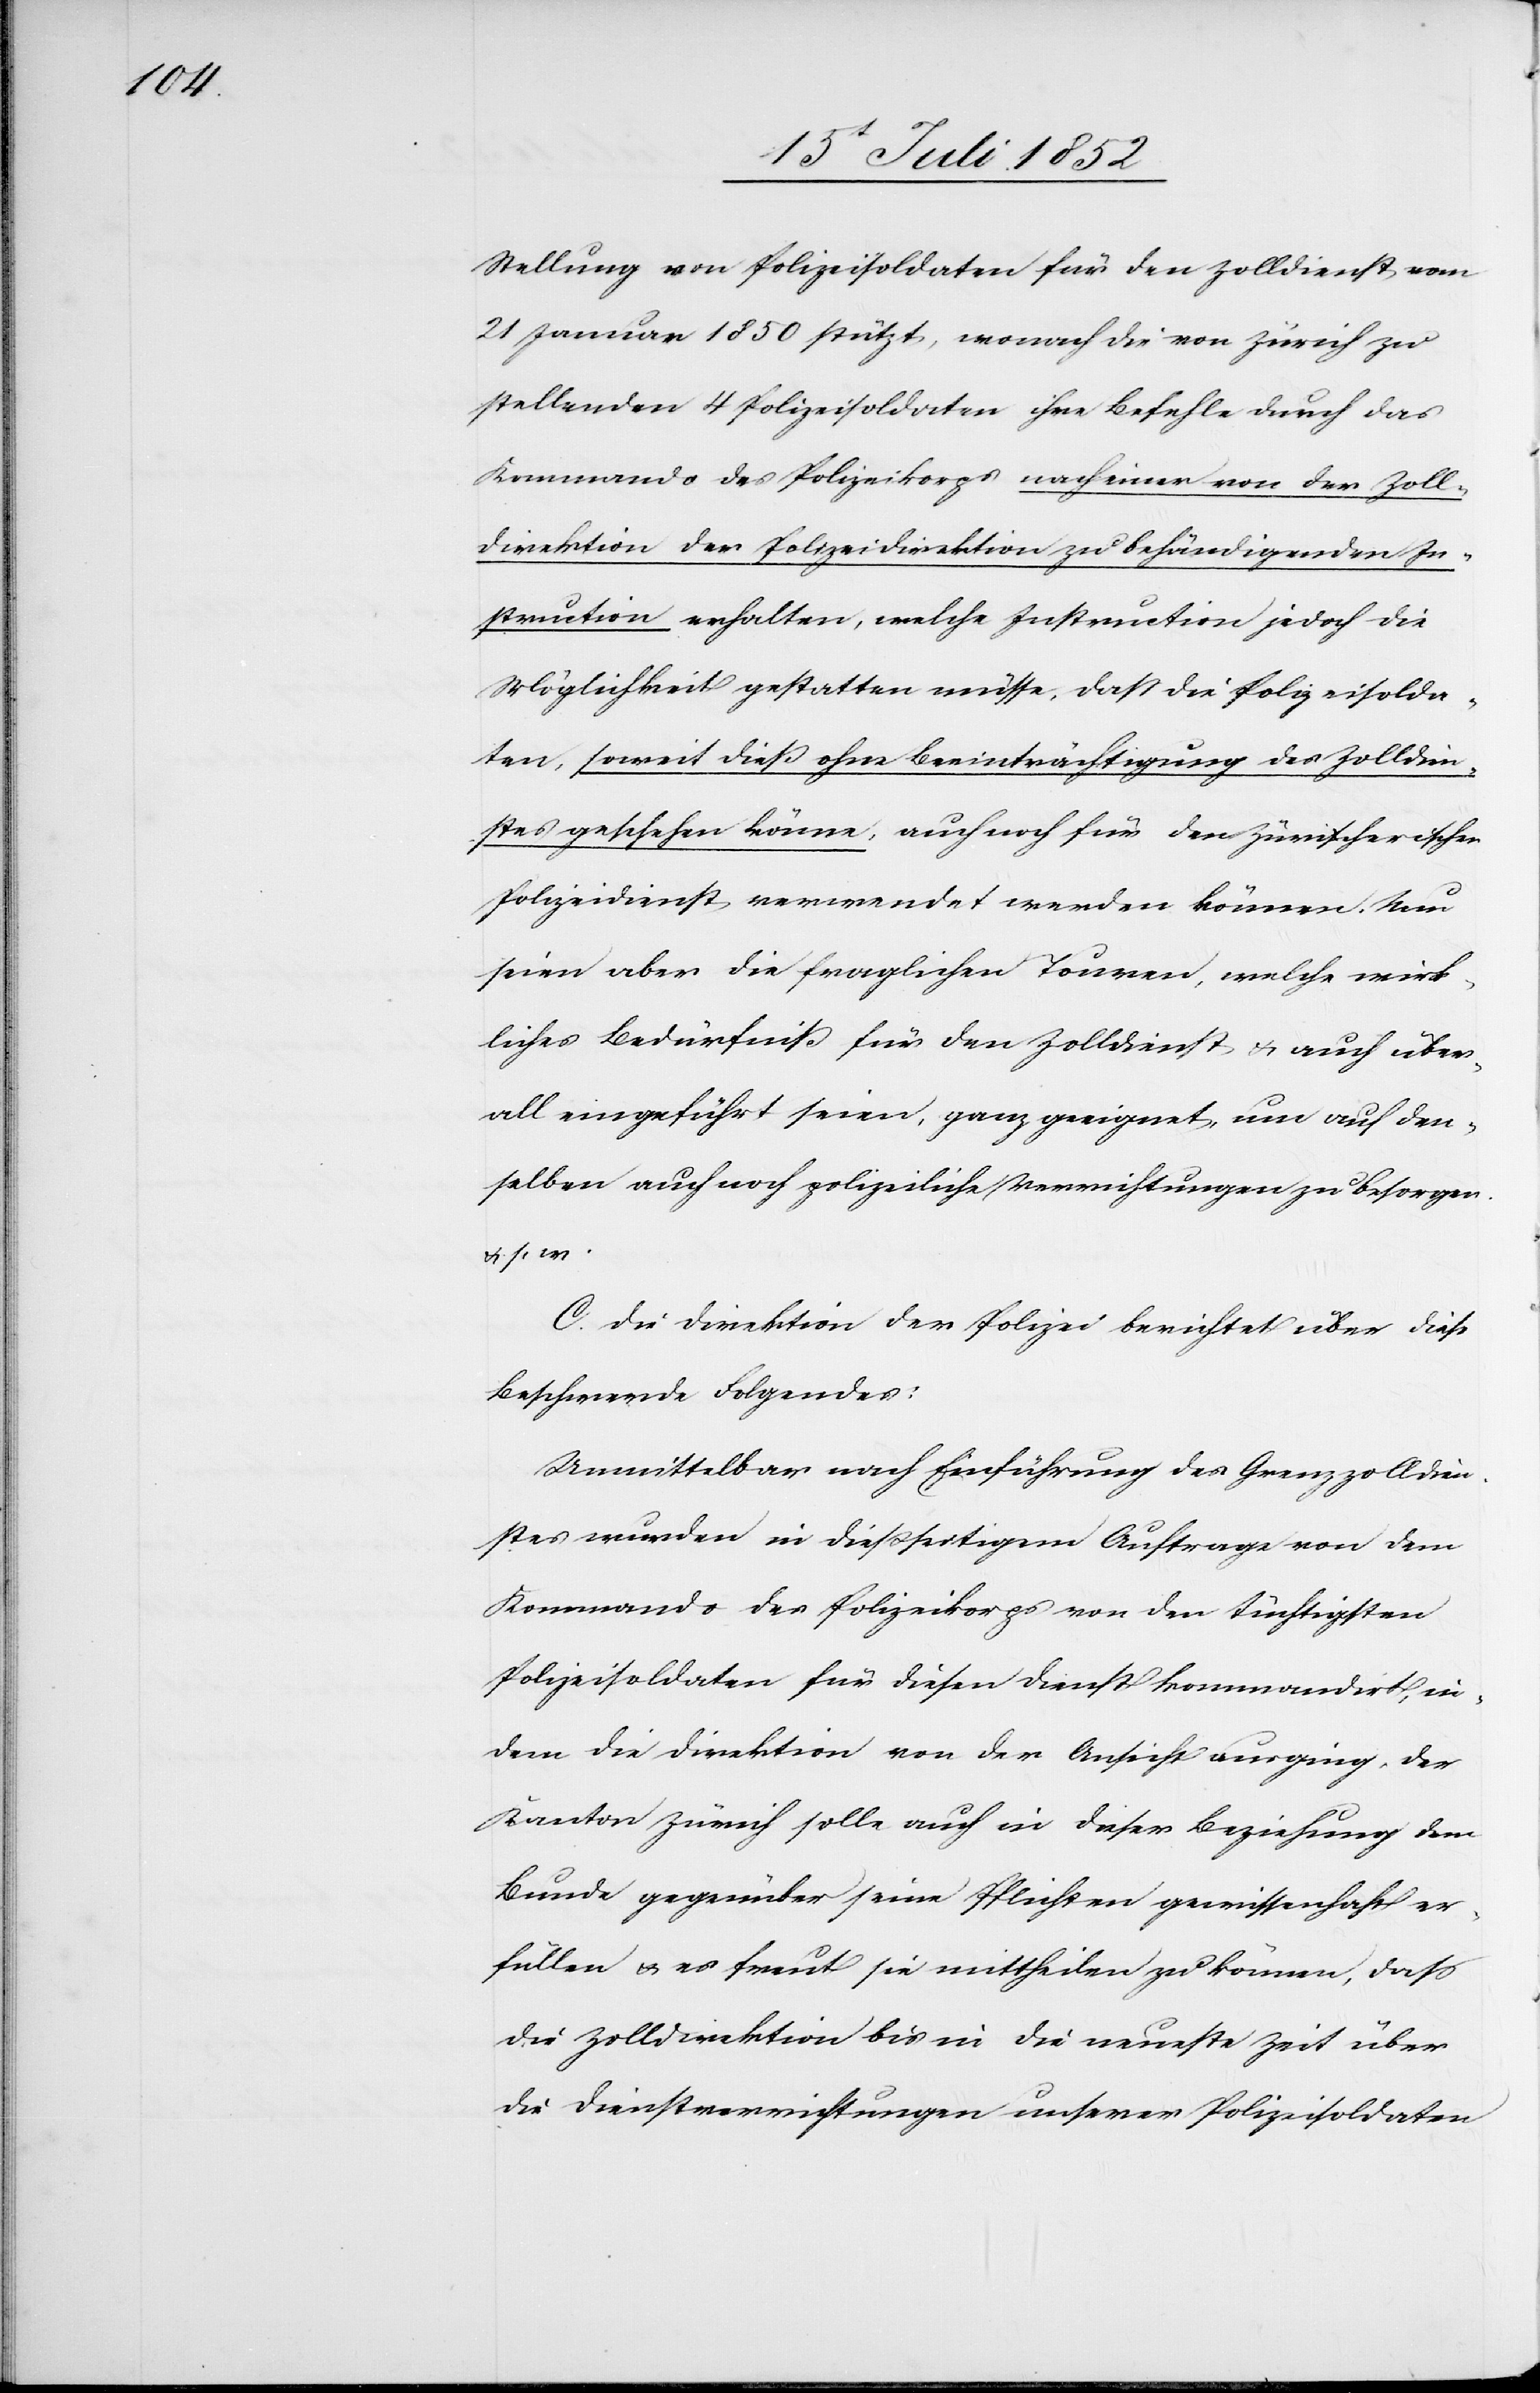
Stellung von Polizeisoldaten für den Zolldienst vom
21 Januar 1850 stützt, wonach die von Zürich zu
stellenden 4 Polizeisoldaten ihre Befehle durch das
Kommando des Polizeikorps nach einer von der Zoll¬
direktion der Polizeidirektion zu behändigenden In¬
struction erhalten, welche Instruction jedoch die
Möglichkeit gestatten müsse, daß die Polizeisolda¬
ten, soweit dieß ohne Beeinträchtigung des Zolldien¬
stes geschehen könne, auch noch für den Züricherischen
Polizeidienst verwendet werden können. Nun
seien aber die fraglichen Touren, welche wirk¬
liches Bedürfniß für den Zolldienst & auch über¬
all eingeführt seien, ganz geeignet, um auf den¬
selben auch noch polizeiliche Verrichtungen zu besorgen.
& s. w.
C. Die Direktion der Polizei berichtet über diese
Beschwerde Folgendes:
Unmittelbar nach Einführung des Grenzzolldien¬
stes wurden in dießseitigem Auftrage von dem
Kommando des Polizeikorps von den tüchtigsten
Polizeisoldaten für diesen Dienst kommandirt, in¬
dem die Direktion von der Ansicht ausging, der
Kanton Zürich solle auch in dieser Beziehung dem
Bunde gegenüber seine Pflichten gewissenhaft er¬
füllen & es freut sie mittheilen zu können, dass
die Zolldirektion bis in die neueste Zeit über
die Dienstverrichtungen unserer Polizeisoldaten